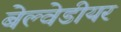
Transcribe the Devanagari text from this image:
बेल्वेडीयर